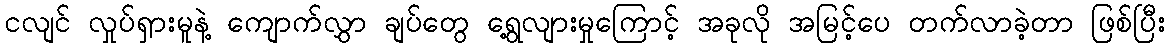
ငလျင် လှုပ်ရှားမူနဲ့ ကျောက်လွှာ ချပ်တွေ ရွေ့လျားမှုကြောင့် အခုလို အမြင့်ပေ တက်လာခဲ့တာ ဖြစ်ပြီး